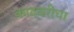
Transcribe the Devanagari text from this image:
कादबरीचा